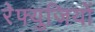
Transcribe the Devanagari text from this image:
रेफ्युजियों